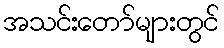
အသင်းတော်များတွင်